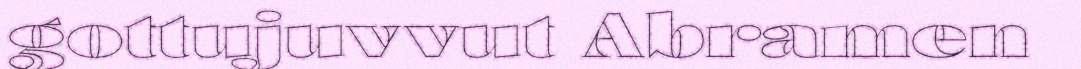
gottujuvvut Abramen